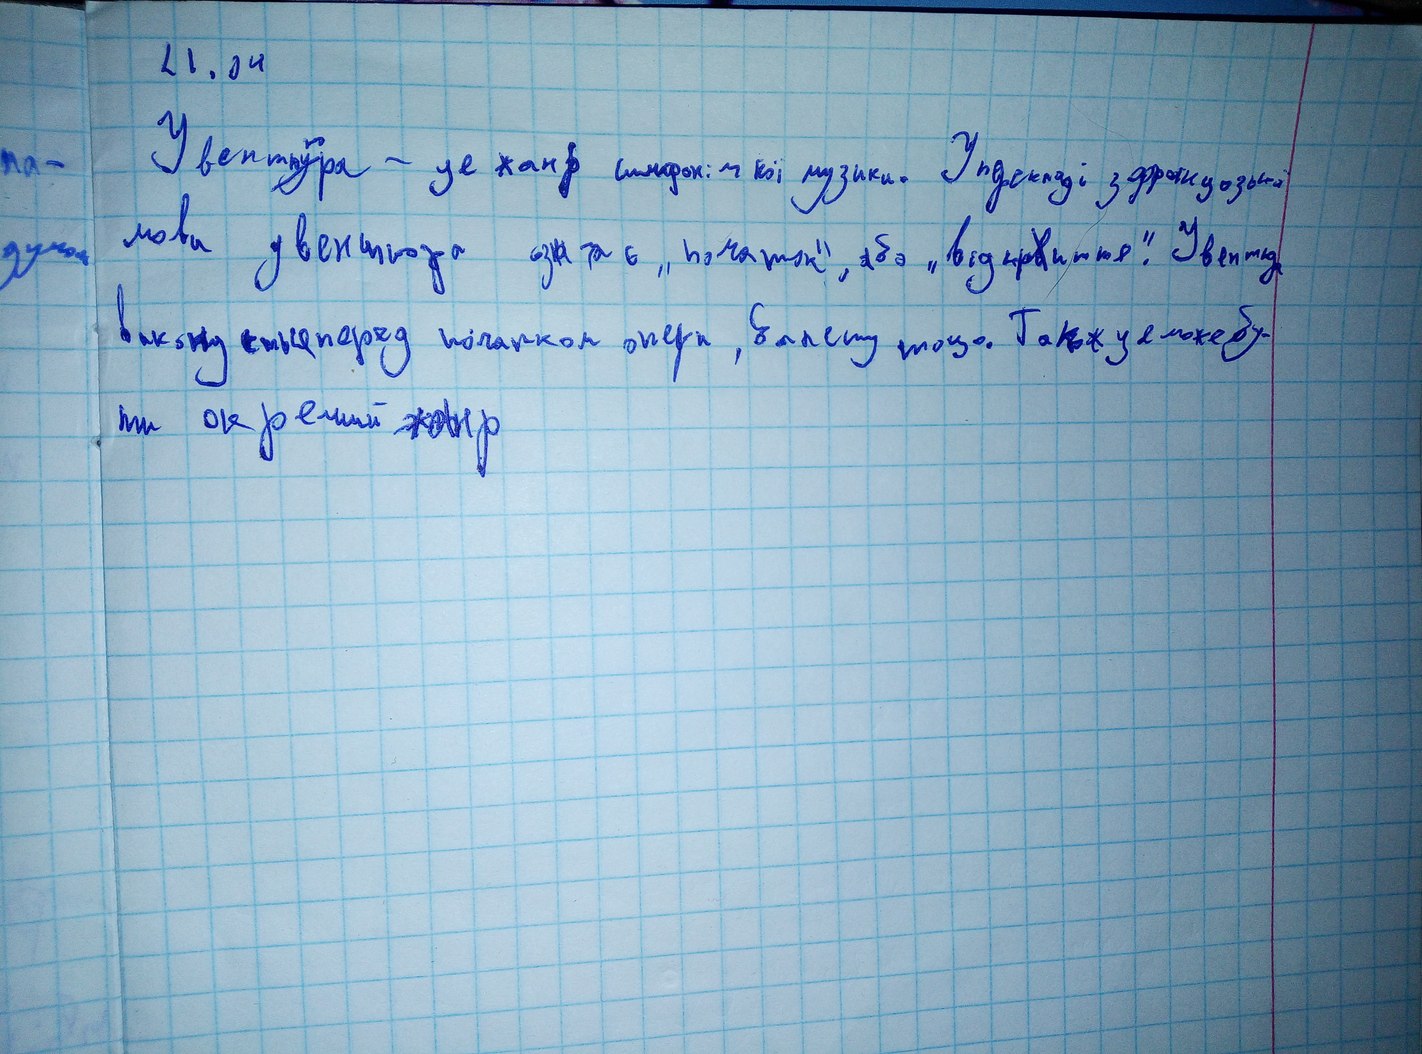
21.04
Увент~~у~~{ю}ра - це жанр симфонічної музики. У перекладі з францозької
па-
мови увентюра озн ча є „початок“, або „відкр~~в~~иття“. Увентюра
думок
виконується перед початком опери, балету тощо. Також це може бу-
ти окремий жанр